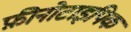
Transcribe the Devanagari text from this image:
फ़ीनोटाइपिक